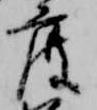
度